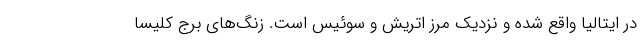
در ایتالیا واقع شده و نزدیک مرز اتریش و سوئیس است. زنگ‌های برج کلیسا